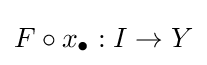
F\circ x_{\bullet }:I\to Y